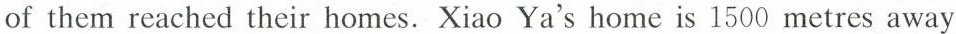
of them reached their homes. Xiao Ya's home is 1500 metres away